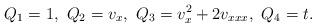
LaTeX: \begin{align*}Q_1=1,~Q_2=v_x,~Q_3=v_x^2+2v_{xxx},~Q_4=t.\end{align*}